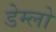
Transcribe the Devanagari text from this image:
डेम्लो